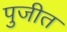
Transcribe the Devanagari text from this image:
पुजीत